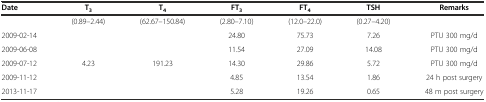
| Date | T3 | T4 | FT3 | FT4 | TSH | Remarks |
 | --- | --- | --- | --- | --- | --- | --- |
 |  | (0.89–2.44) | (62.67–150.84) | (2.80–7.10) | (12.0–22.0) | (0.27–4.20) |  |
 | 2009-02-14 |  |  | 24.80 | 75.73 | 7.26 | PTU 300 mg/d |
 | 2009-06-08 |  |  | 11.54 | 27.09 | 14.08 | PTU 300 mg/d |
 | 2009-07-12 | 4.23 | 191.23 | 14.30 | 29.86 | 5.72 | PTU 300 mg/d |
 | 2009-11-12 |  |  | 4.85 | 13.54 | 1.86 | 24 h post surgery |
 | 2013-11-17 |  |  | 5.28 | 19.26 | 0.65 | 48 m post surgery |